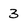
Character: 3